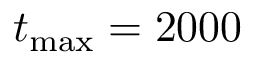
t _ { \mathrm { m a x } } = 2 0 0 0